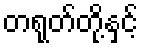
တရုတ်တို့နှင့်